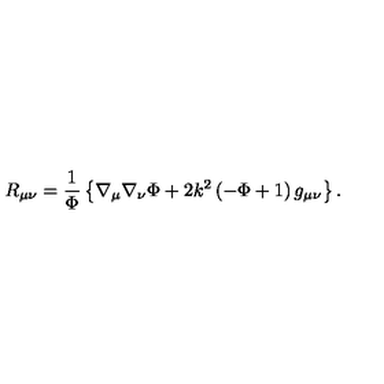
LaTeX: R _ { \mu \nu } = { \frac { 1 } { \Phi } } \left\{ \nabla _ { \mu } \nabla _ { \nu } \Phi + 2 k ^ { 2 } \left( - \Phi + 1 \right) g _ { \mu \nu } \right\} .